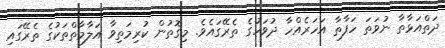
ދަތްއަޅާތާ ނުވަތަ ހަފާތާ އަހަރެއްހާ ދުވަހުގެ ތެރޭގައެވެ. މިގޮތުން ކުރިމަތިވާ އަލާމާތްތަކުގެ ތެރޭގައި